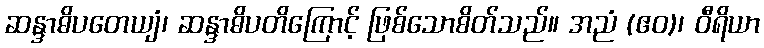
ဆန္ဒာဓိပတေယျံ၊ ဆန္ဒာဓိပတိကြောင့် ဖြစ်သောစိတ်သည်။ အညံ (ဧဝ)၊ ဝီရိယာ